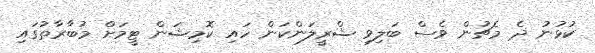
ކުޅުނު ދެ މެޗުން ވެސް ބަލިވި ޝްރީލަންކަން ހައި ކޮމިޝަން ޓީމަށް މުބާރާތުގައި